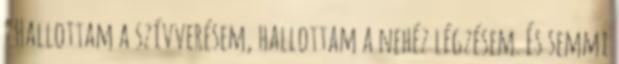
"Hallottam a szívverésem, hallottam a nehéz légzésem. És semmi